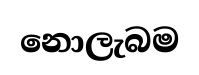
නොලැබම